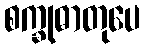
စက္ခုဓာတုပေ